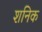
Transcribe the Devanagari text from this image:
शनिक